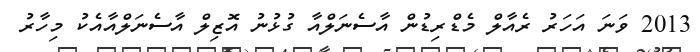
2013 ވަނަ އަހަރު ރެއާލް މެޑްރިޑުން އާސެނަލްއާ ގުޅުނު އޮޒިލް އާސެނަލްއާއެކު މިހާރު